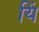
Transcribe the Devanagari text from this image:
यिं